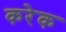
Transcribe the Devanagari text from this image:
करेक